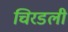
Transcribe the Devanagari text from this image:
चिरडली